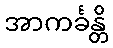
အာကင်္ခန္တိ